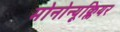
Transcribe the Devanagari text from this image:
मोनोन्यूक्लियर